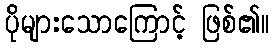
ပိုများသောကြောင့် ဖြစ်၏။